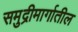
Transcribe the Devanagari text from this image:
समुद्रीमार्गातील